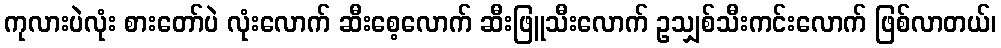
ကုလားပဲလုံး စားတော်ပဲ လုံးလောက် ဆီးစေ့လောက် ဆီးဖြူသီးလောက် ဥသျှစ်သီးကင်းလောက် ဖြစ်လာတယ်၊